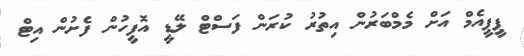
ޕީޕީއެެމް އަށް މެމްބަރުން އިިތުރު ކުރަން ފަސްޓް ލޭޑީ އޮފީހުން ފެށުން އިޓް